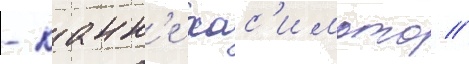
- канн'е хас'имото //